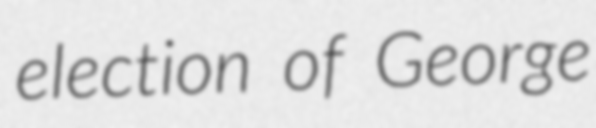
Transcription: election of George